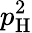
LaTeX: p_{\mathrm{H}}^{2}